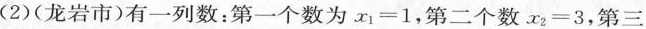
2)(龙岩市)有一列数：第一个数为x_{1}=1，第二个数x_{2}=3，第三